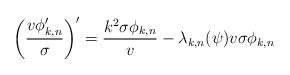
LaTeX: \begin{align*}\bigg( \frac{v \phi_{k,n}'}{\sigma} \bigg)' = \frac{k^2 \sigma \phi_{k,n}}{v} - \lambda_{k,n}(\psi) v \sigma \phi_{k,n}\end{align*}